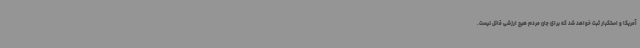
آمریکا و استکبار ثبت خواهد شد که برای جان مردم هیچ ارزشی قائل نیست.